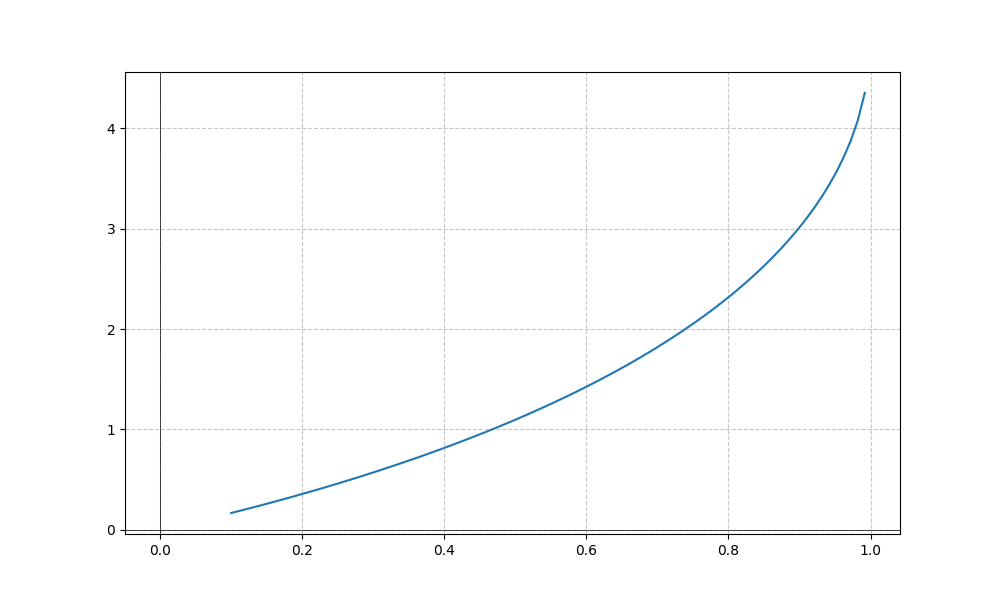
LaTeX formula: \operatorname{acos}{\left(- x \right)} \operatorname{asin}{\left(x \right)}